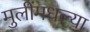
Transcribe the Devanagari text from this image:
मुलींमधल्या